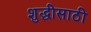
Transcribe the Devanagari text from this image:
शुद्धीसाठी